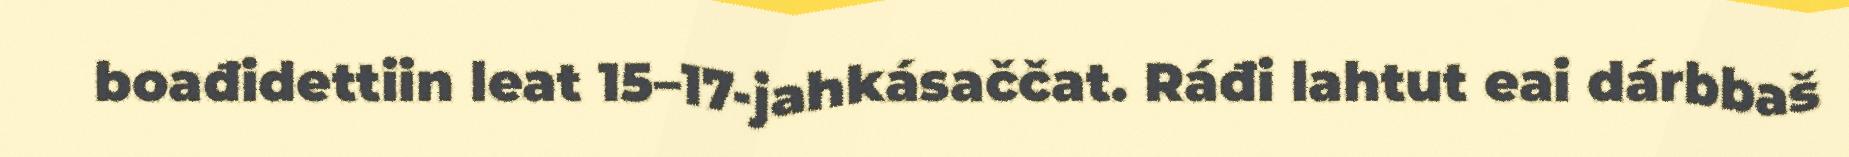
boađidettiin leat 15–17-jahkásaččat. Ráđi lahtut eai dárbbaš